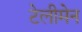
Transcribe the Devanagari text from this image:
टेलीमेन